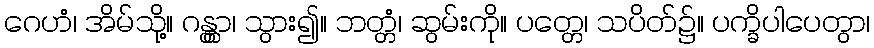
ဂေဟံ၊ အိမ်သို့။ ဂန္တွာ၊ သွား၍။ ဘတ္တံ၊ ဆွမ်းကို။ ပတ္တေ၊ သပိတ်၌။ ပက္ခိပါပေတွာ၊